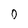
Character: 0